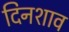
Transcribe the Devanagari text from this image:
दिनशाव